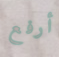
أرفع